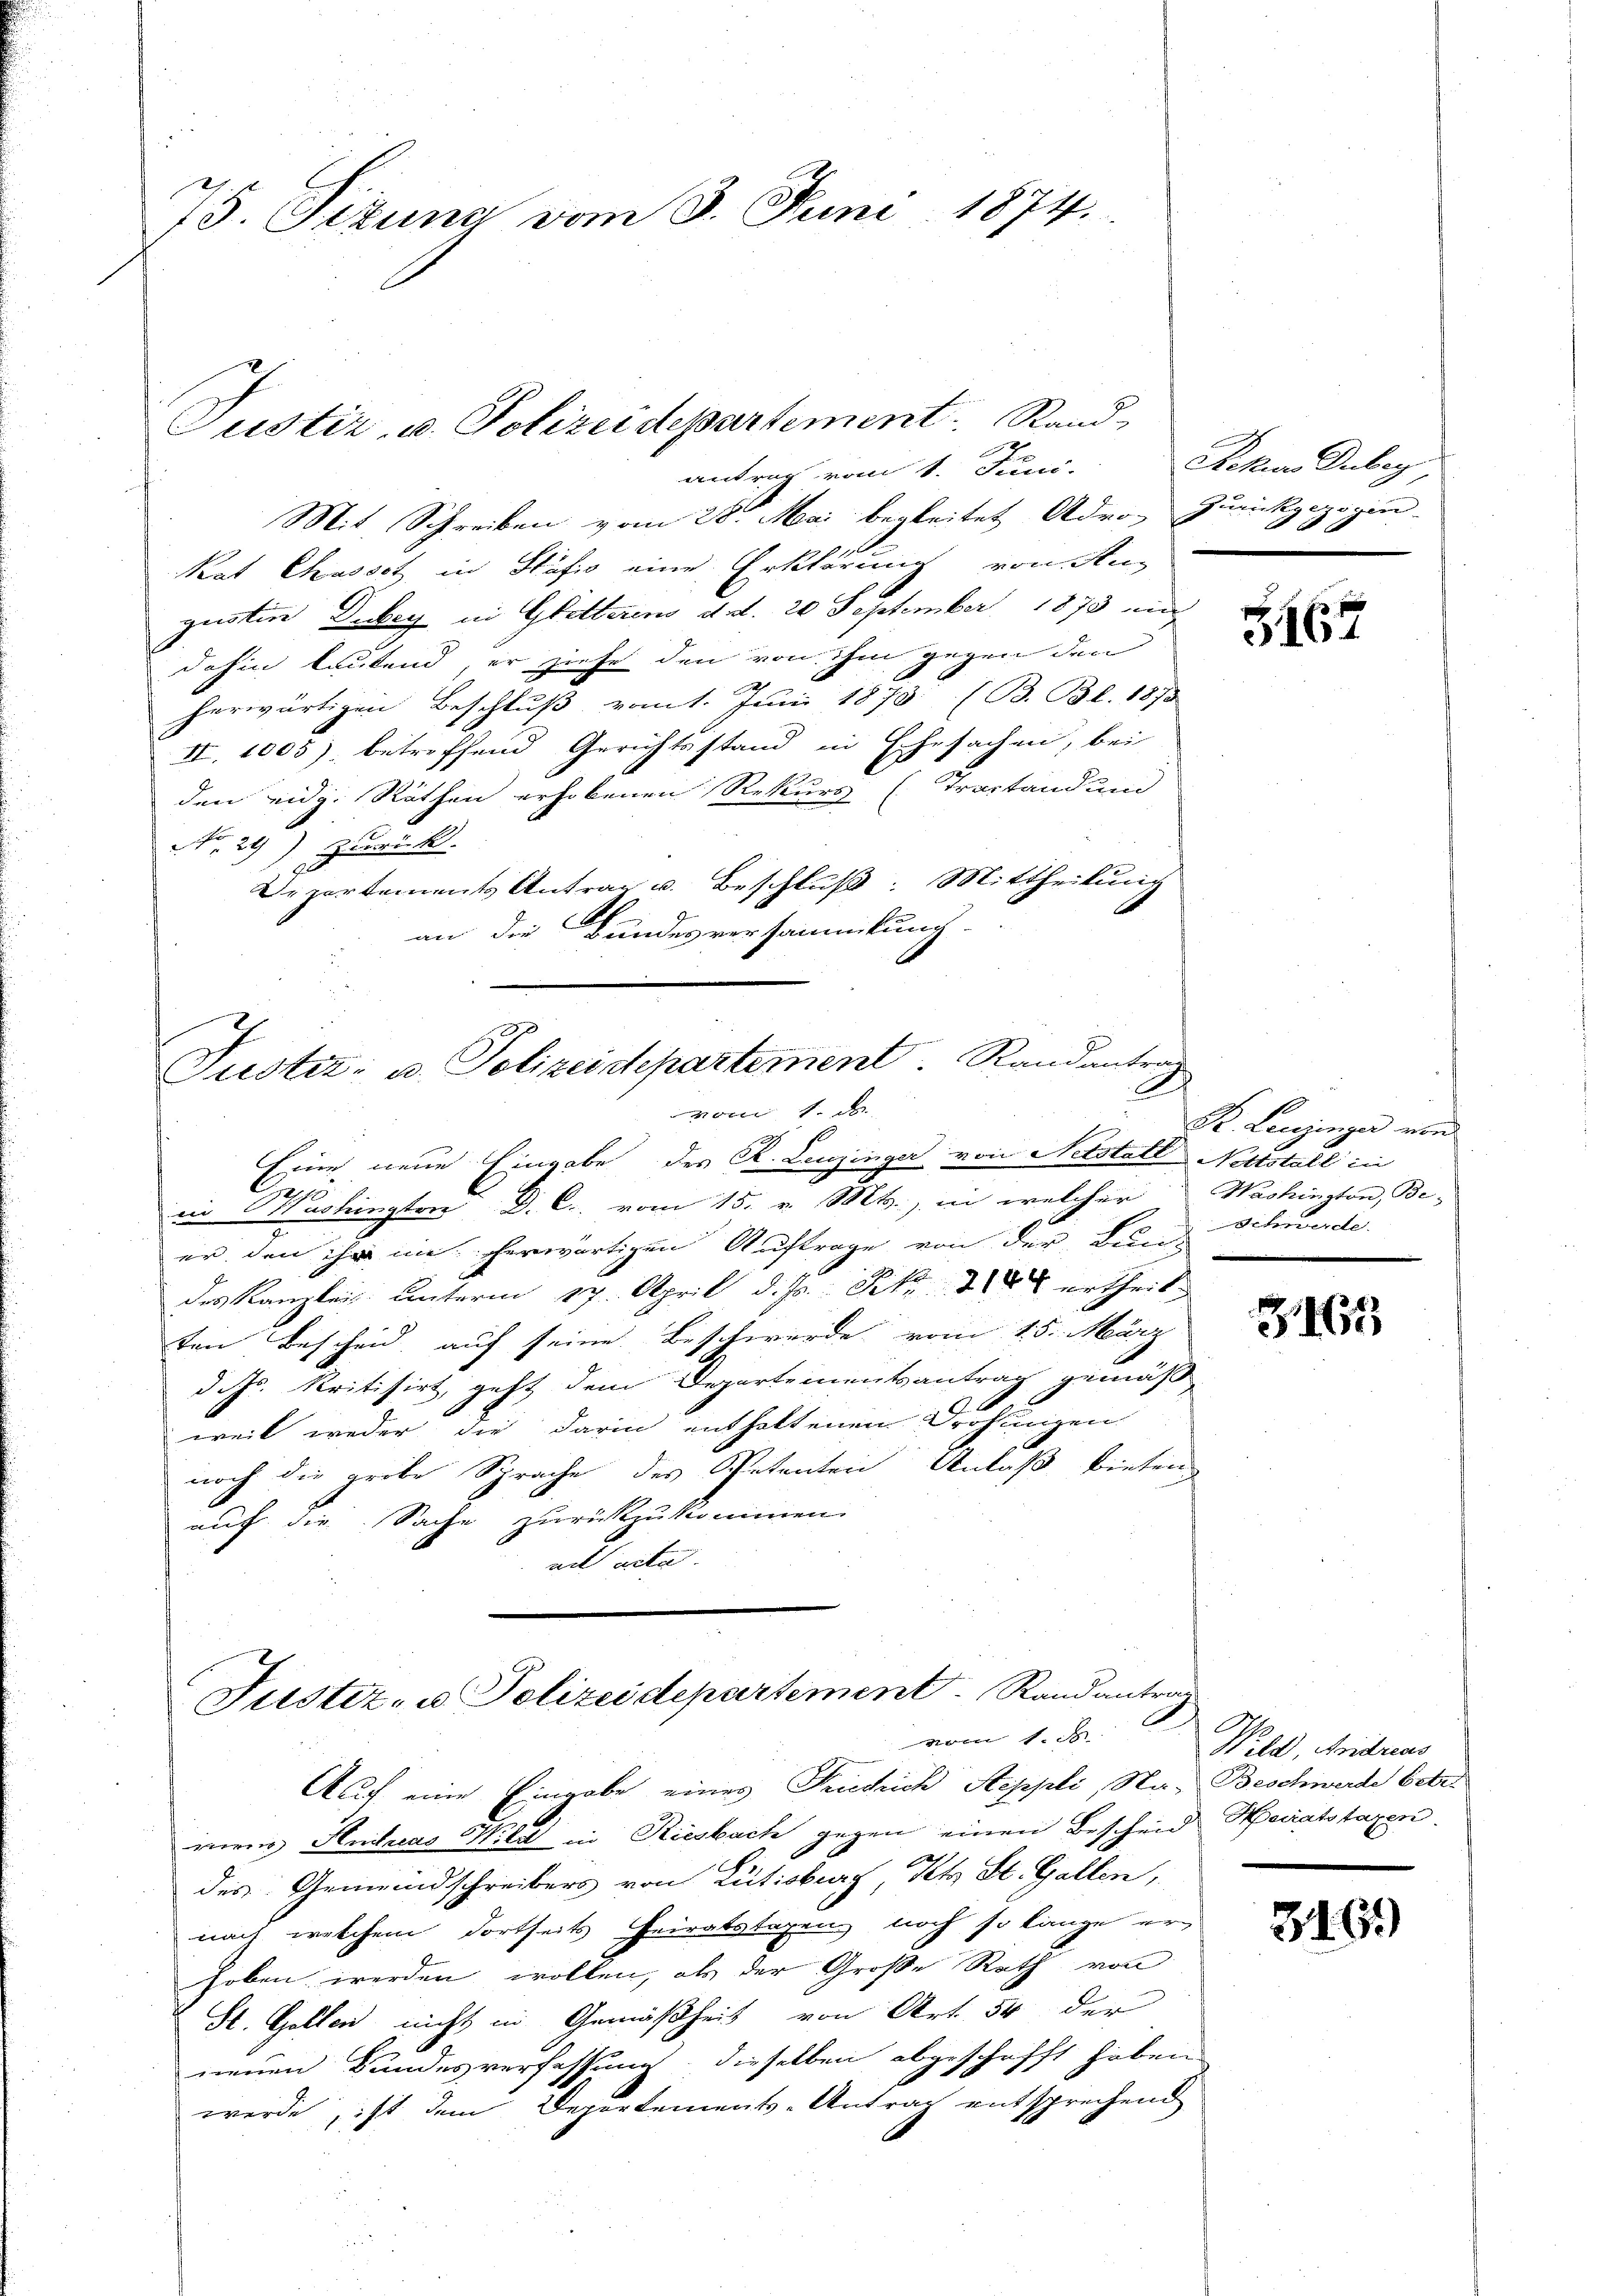
75. Sizung vom 3. Juni 1874.

antrag vom 1. Juni.
Mit Schreiben vom 28. Mai begleitet Adro-
kat Chusset in Stäfig eine Erklärung von Angusten Debey in Gitterens d. d. 20 September 1873 und
dahin lautend, er ziehe den von ihm gegen den
herwärtigen Beschluß vom 1. Juni 1873 (B. Bl. 1873
II. 1005) betreffend Gerichtsstand in Ehesachen, bei
den eidg. Räthen erhobenen Rekurs (Trastand um
 29) Zuri k.
Departements Antrag u. Beschlŭβ: Mittheilung
an die Bundesversammlung.

Justiz, u. Polizeidepartement. Rand

Justiz: u. Polizeidepartement. Randantrag

Eine neue Eingabe des Kt. Leuzinger von Notstatt Nettstall in
h
in Washingten D. C. vom 15. v. Mts., in welcher Washington, Be-
er, den ihr im herwärtigen Auftrage von der Duri-
des Kanzlei Unterm 17. April d. Js. Frk. 128 ertheil.
ten Bescheid auf seine Beschwerde vom 15. März
d. Js. kritisirt, geht dem Departementsantrag gemäß
s
weil weder die darin enthaltenen Drohungen
noch die grobe Sprache des Petenten Anlaß bieten
auf die Sache zurückzukommen.
ait eite

Justiz- u Polizeidepartement. Rand antrag
vom 1. J

Rekurs Deleg
Zürich
gezogen
80x

Auch eine Eingabe eines Fruchlich Steppli, Na-Beschwerde betr.
were Andreas Wild in Riesbach gegen einen Bescheid Heiratstaxen.
des Gemeindschreibers von Rütisburg, Kt. St. Gallen,
nach welchem dortseits Heiratstagung noch so lange er
hoben werden wollen, als der Große Rath von
St. Gallen nicht in Gemäßheit von Art. 54 der
neuen Bundesverfassung, dieselben abgeschafft haben
werde, ist dem Departements-Antrag entsprechend

3167

Dr. Leuzinger von
Schwerde.

3463

Wild, Andreus

3169